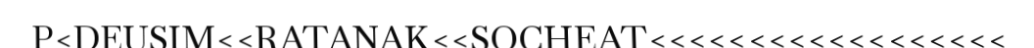
P<DEUSIM<<RATANAK<<SOCHEAT<<<<<<<<<<<<<<<<<<